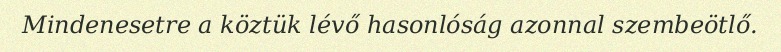
Mindenesetre a köztük lévő hasonlóság azonnal szembeötlő.